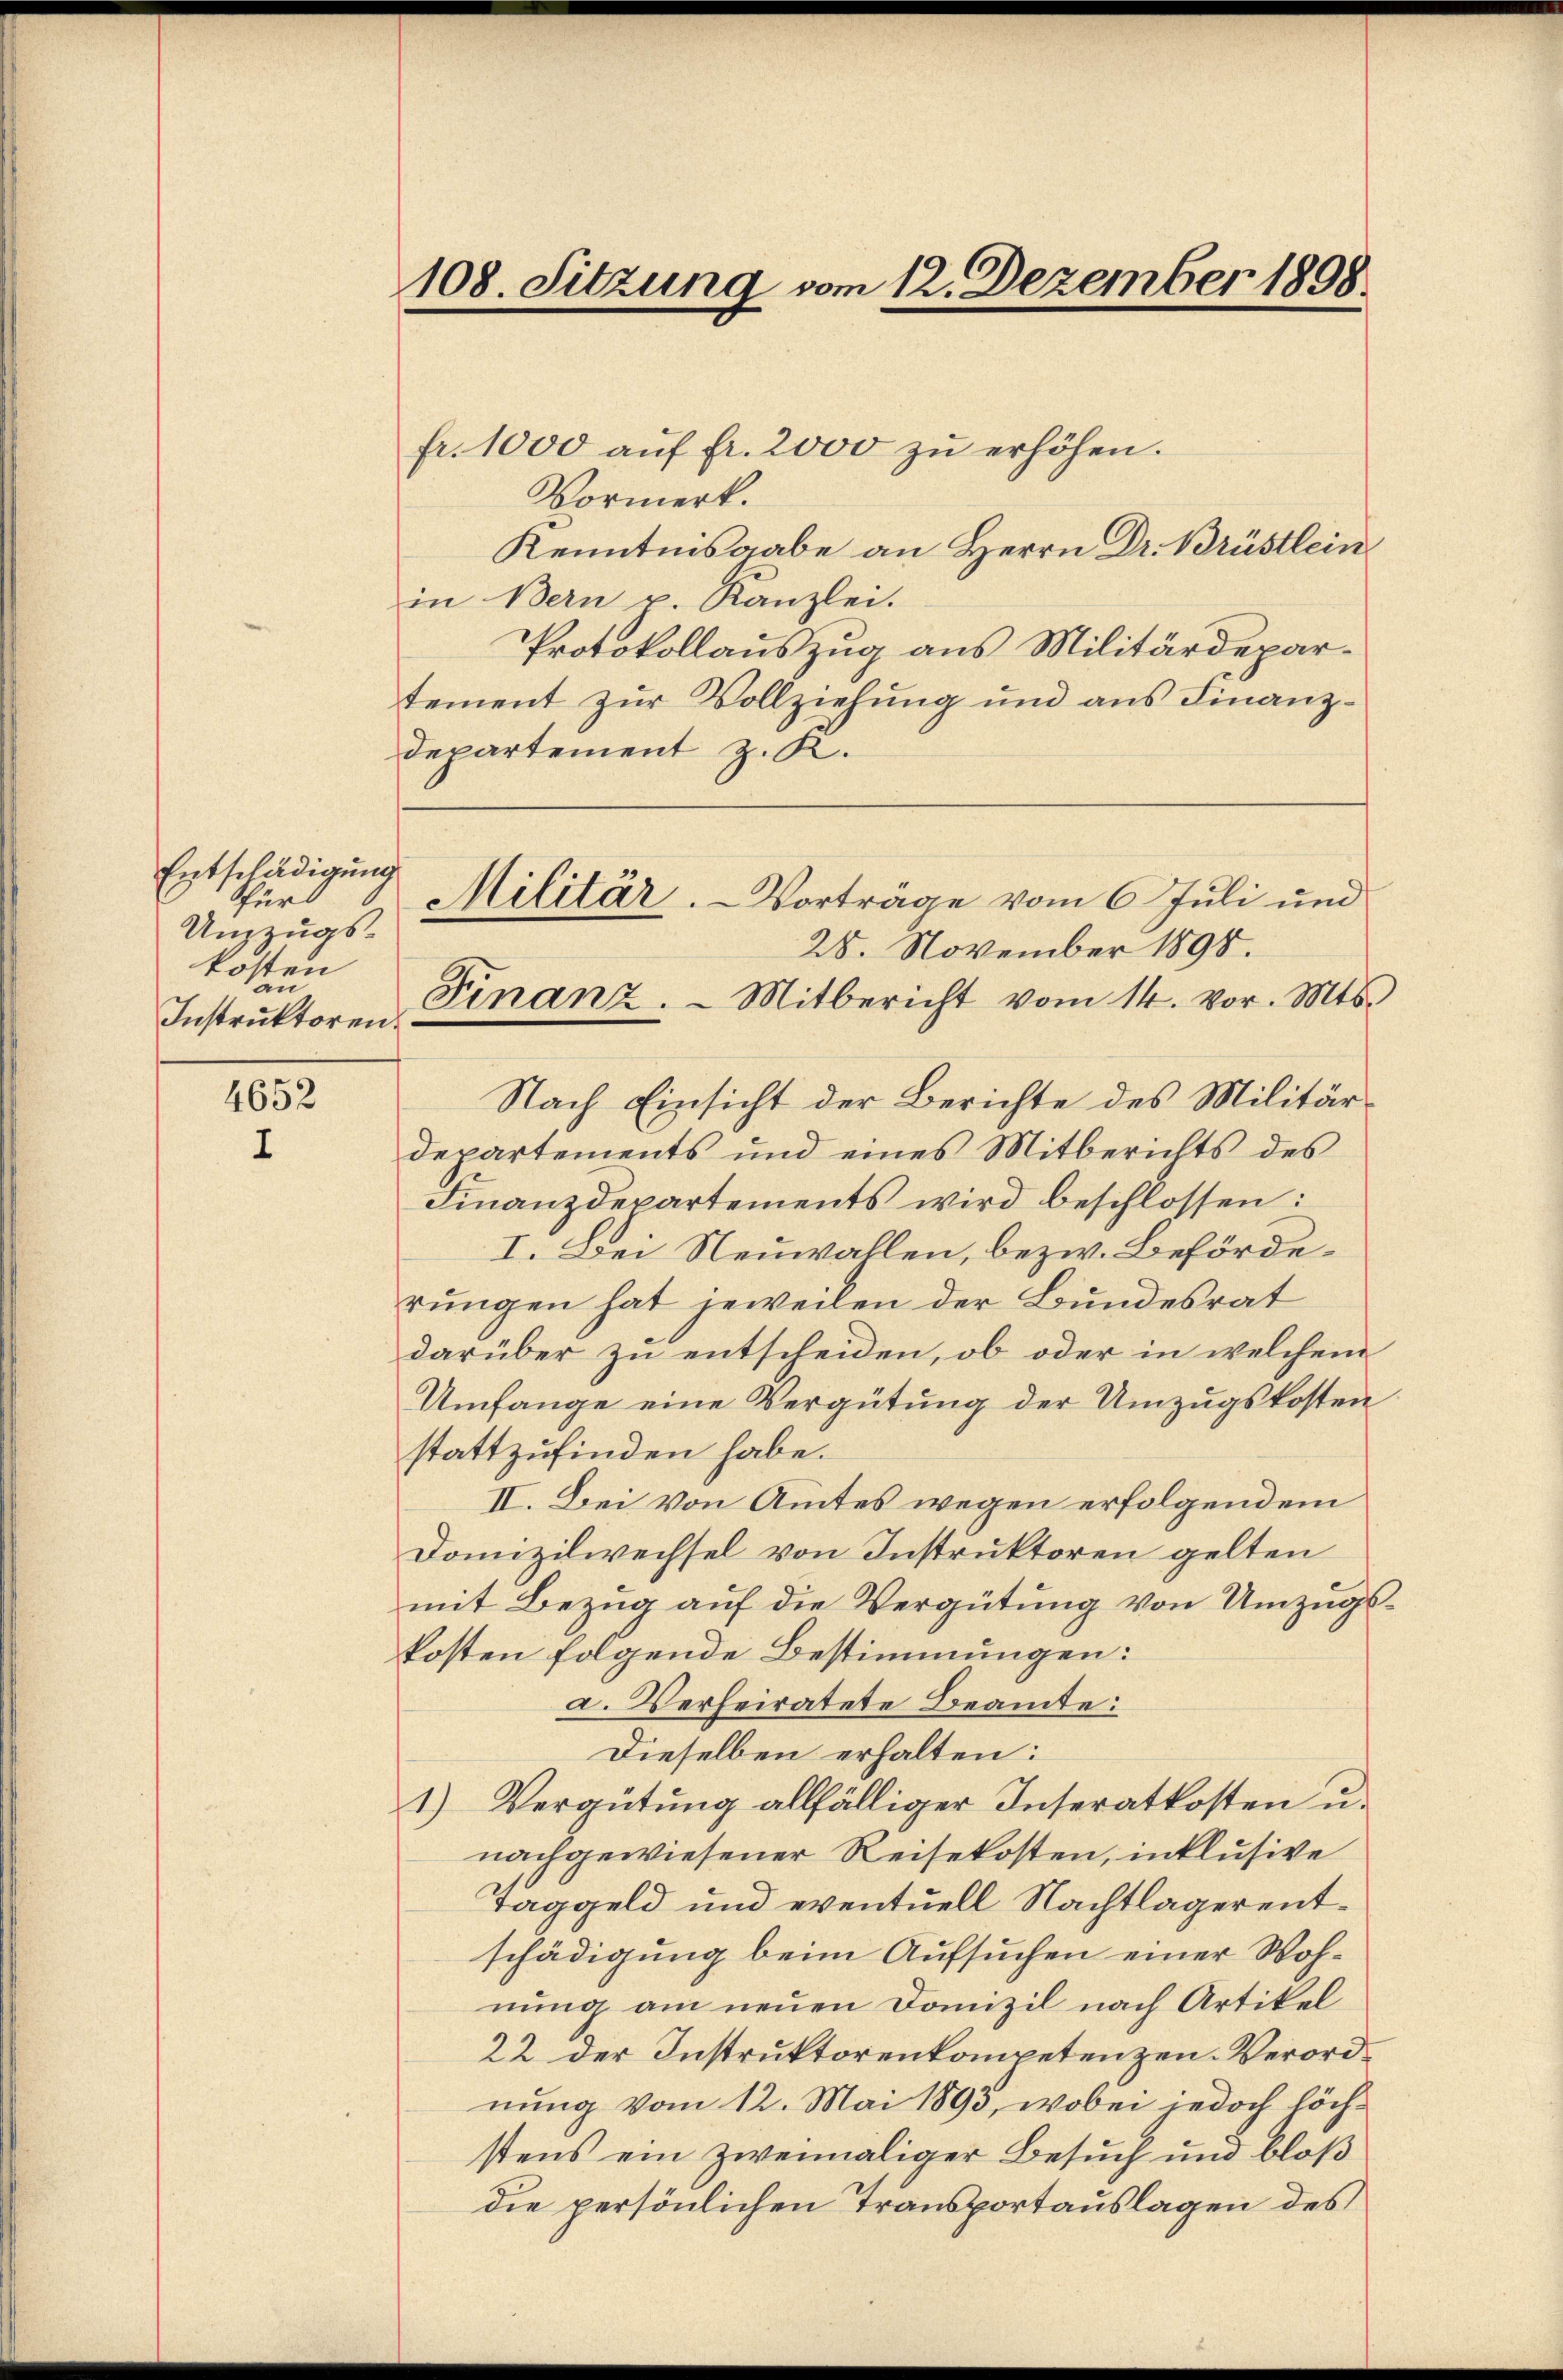
Entschädigung
Fürd
Unzzugskosten
an
Instruktoren.

4652
I

108. Sitzung vom 12. Dezember 1898.

fr. 1000 aŭf fr. 2000 zu erhöhen.
Vormerk.
Kenntnisgabe an Herrn Dr. Brüstlein
in Bern p. Kanzlei.
Protokollauszug aus Militärdepartement zur Vollziehung und aus Finanzdepartement z. R.
Militär. - Vorträge vom 6 Juli und
28. November 1898.
Finanz.  Mitbericht vom 14. vor. Mts.
Nach Einsicht der Berichte des Militärdepartements und eines Mitberichts des
Finanzdepartements wird beschlossen:
I. Der Neuwallen, bezw. Beförderungen hat jeweilen der Bundesrat
darüber zu entscheiden, ob oder in welchem
Umfange eine Vergütung der Umzugskosten
stattzufinden habe.
II. Bei von Amtes wegen erfolgendem
Domizilwechsel von Instruktoren gelten
mit Bezug auf die Vergütung von Umzugskosten folgende Bestimmungen:
a. Verheiratete Beamte:
Dieselben erhalten:
1) Vergütung allfälliger Inseratkosten u.
nachgewiesener Reisekosten, inklusive
Taggeld und eventuell Nachtlager entschädigung beim Aufsuchen einer Wohnung am neuen Domizil nach Artikel
22 der Instruktorenkompetenzen-Verordnung vom 12. Mai 1893, wobei jedoch höchstens ein zweimaliger Besuch und bloß
die persönlichen Transportauslagen des